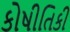
કોષીતિકી